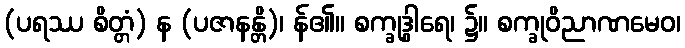
(ပရဿ စိတ္တံ) န (ပဇာနန္တိ)၊ န်၏။ စက္ခုဒွါရေ၊ ၌။ စက္ခုဝိညာဏမေဝ၊